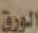
الورق